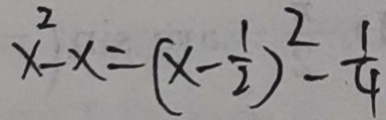
x ^ { 2 } - x = ( x - \frac { 1 } { 2 } ) ^ { 2 } - \frac { 1 } { 4 }